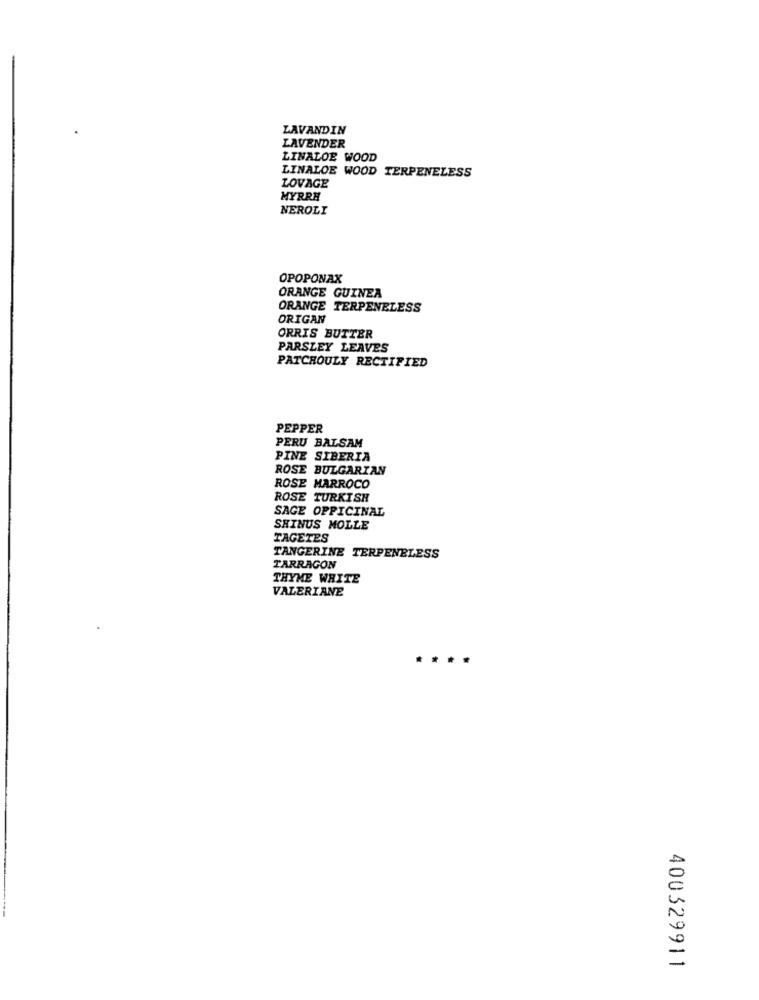
LAVANDIN
LAVENDER
LINALOE WOOD
LINALOE WOOD TERPENELESS
LOVAGE
MYRRH
NEROLI
OPOPONAX
ORANGE GUINEA
ORANGE TERPENELESS
ORIGAN
ORRIS BUTTER
PARSLEY LEAVES
PATCHOULY RECTIFIED
PEPPER
PERU BALSAM
PINE SIBERIA
ROSE BULGARIAN
ROSE MARROCO
ROSE TURKISH
SAGE OPPICINAL
SHINUS MOLLE
TAGETES
TANGERINE TERPENELESS
TARRAGON
THYME WHITE
VALERIANE
400329911